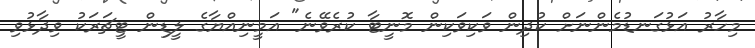
މިހާރު އަޅުގަނޑުމެންނަށް ކުދިން ވަކިވަކިން މޮނީޓާ ކުރެވޭނެ" އަމީނިއްޔާގެ ލީޑިން ޓީޗަރަކު ވިދާޅުވި